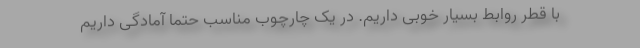
با قطر روابط بسیار خوبی داریم. در یک چارچوب مناسب حتماً آمادگی داریم